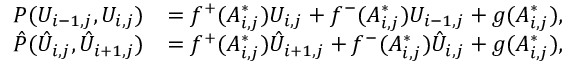
\begin{array} { r l } { P ( U _ { i - 1 , j } , U _ { i , j } ) } & { = f ^ { + } ( A _ { i , j } ^ { * } ) U _ { i , j } + f ^ { - } ( A _ { i , j } ^ { * } ) U _ { i - 1 , j } + g ( A _ { i , j } ^ { * } ) , } \\ { \hat { P } ( \hat { U } _ { i , j } , \hat { U } _ { i + 1 , j } ) } & { = f ^ { + } ( A _ { i , j } ^ { * } ) \hat { U } _ { i + 1 , j } + f ^ { - } ( A _ { i , j } ^ { * } ) \hat { U } _ { i , j } + g ( A _ { i , j } ^ { * } ) , } \end{array}